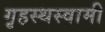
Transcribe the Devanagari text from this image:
गृहस्थस्वामी